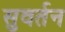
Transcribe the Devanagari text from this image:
सुवर्तन